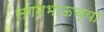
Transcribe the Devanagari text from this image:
सगनभाऊच्या